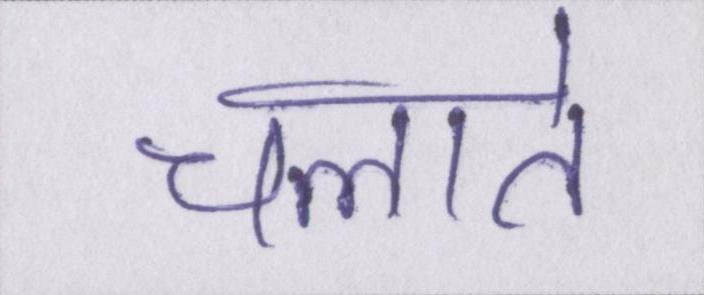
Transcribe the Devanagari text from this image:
चलाते